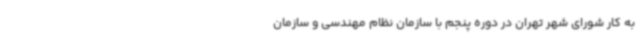
به کار شورای شهر تهران در دوره پنجم با سازمان نظام مهندسی و سازمان